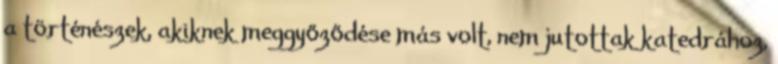
a történészek, akiknek meggyőződése más volt, nem jutottak katedrához,